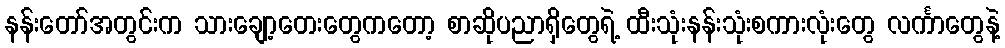
နန်းတော်အတွင်းက သားချော့တေးတွေကတော့ စာဆိုပညာရှိတွေရဲ့ ထီးသုံးနန်းသုံးစကားလုံးတွေ လင်္ကာတွေနဲ့